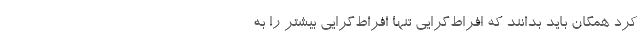
کرد همگان باید بدانند که افراط‌گرایی تنها افراط‌گرایی بیشتر را به